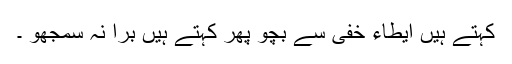
کہتے ہیں ایطاء خفی سے بچو پھر کہتے ہیں برا نہ سمجھو ۔